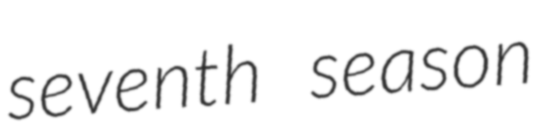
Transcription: seventh season